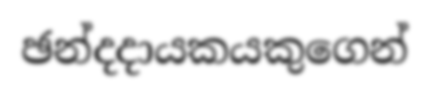
ඡන්දදායකයකුගෙන්